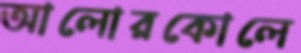
আলোরকোলে